Scottish Leaving Certificate Examination, 1957
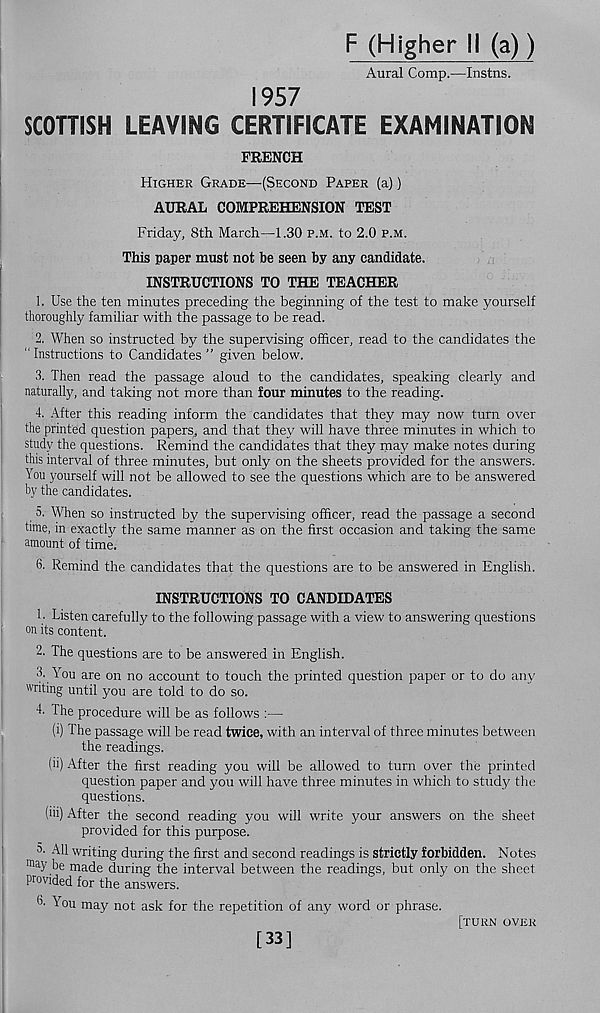
F (Higher ii (a))
Aural Comp.—Instns.
1957
SCOTTISH LEAVING CERTIFICATE EXAMINATION
FRENCH
Higher Grade—-(Second Paper (a))
AURAL COMPREHENSION TEST
Friday, 8th March—1.30 p.m. to 2.0 p.m.
This paper must not be seen by any candidate.
INSTRUCTIONS TO THE TEACHER
1. Use the ten minutes preceding the beginning of the test to make yourself
thoroughly familiar with the passage to be read.
2. When so instructed by the supervising officer, read to the candidates the
" Instructions to Candidates ” given below.
3. Then read the passage aloud to the candidates, speaking clearly and
naturally, and taking not more than four minutes to the reading.
4. After this reading inform the candidates that they may now turn over
the printed question papers, and that they will have three minutes in which to
study the questions. Remind the candidates that they may make notes during
this interval of three minutes, but only on the sheets provided for the answers.
You yourself will not be allowed to see the questions which are to be answered
by the candidates.
5. When so instructed by the supervising officer, read the passage a second
time, in exactly the same manner as on the first occasion and taking the same
amount of time.
6. Remind the candidates that the questions are to be answered in English.
INSTRUCTIONS TO CANDIDATES
1 ■ Listen carefully to the following passage with a view to answering questions
on its content.
2. The questions are to be answered in English.
3. You are on no account to touch the printed question paper or to do any
writing until you are told to do so.
4- The procedure will be as follows :—
(i) The passage will be read twice, with an interval of three minutes between
the readings.
(ii) After the first reading you will be allowed to turn over the printed
question paper and you will have three minutes in which to study the
questions.
(iii) After the second reading you will write your answers on the sheet
provided for this purpose.
3. All writing during the first and second readings is strictly forbidden. Notes
ma y be made during the interval between the readings, but only on the sheet
provided for the answers.
3- You may not ask for the repetition of any word or phrase.
[turn over
[33]